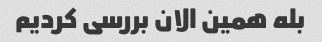
بله همین الان بررسی کردیم